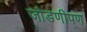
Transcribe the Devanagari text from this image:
जोडणीपण